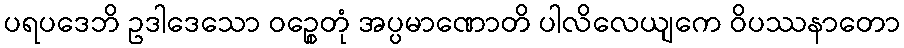
ပရပဒေဘိ ဥဒါဒေသော ဝဉ္စေတုံ အပ္ပမာဏောတိ ပါလိလေယျကေ ဝိပဿနာတော